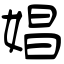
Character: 娼